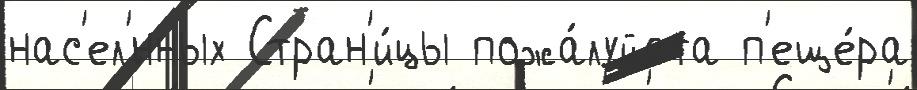
нас'ел'́нных Стран'и́цы пожа́луйста п'еще́ра